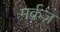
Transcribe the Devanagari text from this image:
मर्क़ज़